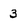
Character: 3